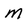
Character: M